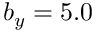
b _ { y } = 5 . 0